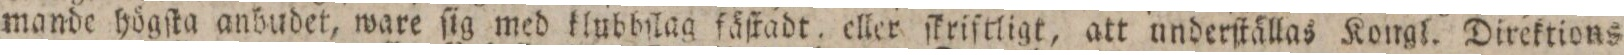
mande högſta anbudet, ware ſig med klubbſlag fäſtadt, eller ſkriſtligt, att underſtällas Kongl. Direktions